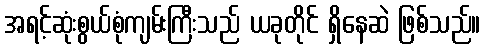
အရင့်ဆုံးစွယ်စုံကျမ်းကြီးသည် ယခုတိုင် ရှိနေဆဲ ဖြစ်သည်။